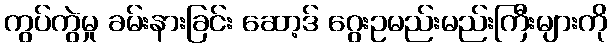
ကွပ်ကွဲမှု ခမ်းနားခြင်း ဆော့ဒ် ဂွေးဥမည်းမည်းကြီးများကို